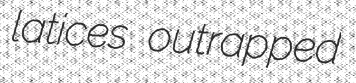
latices outrapped